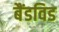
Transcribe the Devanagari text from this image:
बैंडविड